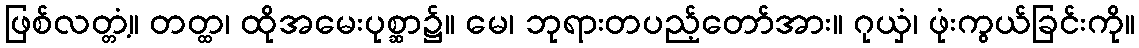
ဖြစ်လတ္တံ့။ တတ္ထ၊ ထိုအမေးပုစ္ဆာ၌။ မေ၊ ဘုရားတပည့်တော်အား။ ဂုယှံ၊ ဖုံးကွယ်ခြင်းကို။